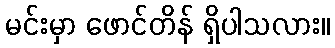
မင်းမှာ ဖောင်တိန် ရှိပါသလား။